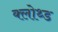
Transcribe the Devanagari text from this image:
क्लोथ्ड